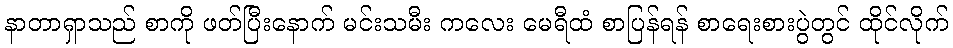
နာတာရှာသည် စာကို ဖတ်ပြီးနောက် မင်းသမီး ကလေး မေရီထံ စာပြန်ရန် စာရေးစားပွဲတွင် ထိုင်လိုက်